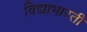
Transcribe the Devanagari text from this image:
विद्याभारती